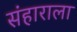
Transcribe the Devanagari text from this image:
संहाराला